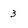
Character: 3